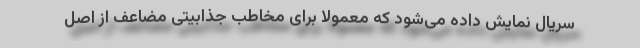
سریال نمایش داده می‌شود که معمولاً برای مخاطب جذابیتی مضاعف از اصل